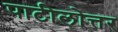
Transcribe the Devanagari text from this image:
पाटीलोत्तर